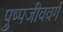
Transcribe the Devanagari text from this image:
पुष्पजीववर्ग